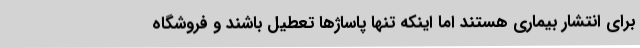
برای انتشار بیماری هستند اما اینکه تنها پاساژها تعطیل باشند و فروشگاه